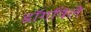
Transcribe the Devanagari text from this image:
डॉगविले